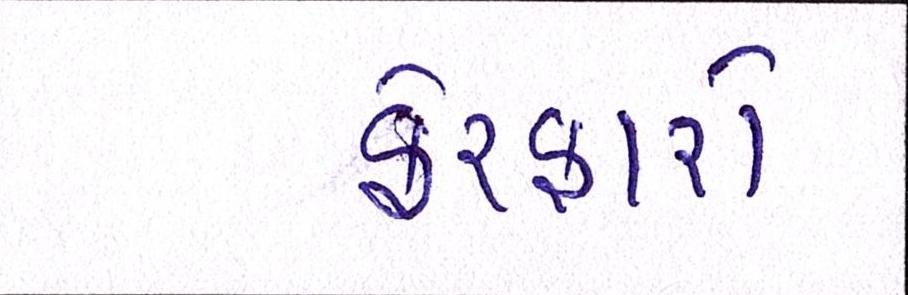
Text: ફેરફારો